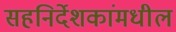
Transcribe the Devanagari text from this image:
सहनिर्देशकांमधील